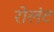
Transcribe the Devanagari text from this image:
रोलंट